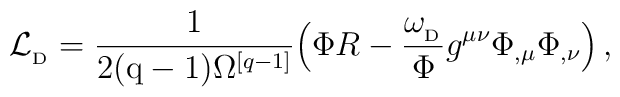
{\cal L}_{_{\rm D}}={1\over 2({\rm q-1})\Omega^{[q-1]}}\Big( \Phi R -{\omega_{_{\rm D}}\over\Phi}g^{\mu\nu}\Phi_{,\mu}\Phi_{,\nu}\Big)\, ,